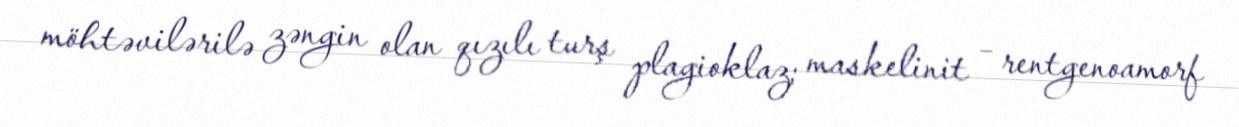
möhtəvilərilə zəngin olan qızılı turş plagioklaz; maskelinit – rentgenoamorf